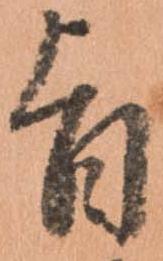
旨